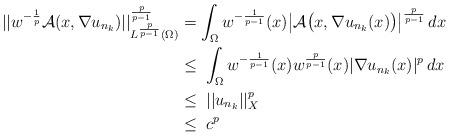
LaTeX: \begin{align*}||w^{-\frac{1}{p}}\mathcal{A}(x,\nabla u_{n_k})||^\frac{p}{p-1}_{L^\frac{p}{p-1}(\Omega)}&=\int_{\Omega}w^{-\frac{1}{p-1}}(x)\big|\mathcal{A}\big(x,\nabla u_{n_k}(x)\big)\big|^\frac{p}{p-1}\,dx\\&\leq\;\int_{\Omega}w^{-\frac{1}{p-1}}(x)w^\frac{p}{p-1}(x)|\nabla u_{n_k}(x)|^p\,dx\\&\leq\;||u_{n_k}||_{X}^p\\&\leq\; c^p\end{align*}